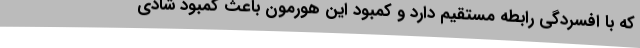
که با افسردگی رابطه مستقیم دارد و کمبود این هورمون باعث کمبود شادی